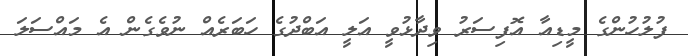
ފުލުހުންގެ މީޑިއާ އޮފިސަރު ވިދާޅުވީ އަލީ އަބްދުގެ ހަބަރެއް ނުވެގެން އެ މައްސަލަ